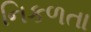
નિકળતા